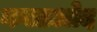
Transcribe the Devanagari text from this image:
कलाओद